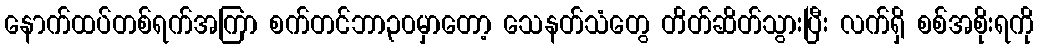
နောက်ထပ်တစ်ရက်အကြာ စက်တင်ဘာ၃၀မှာတော့ သေနတ်သံတွေ တိတ်ဆိတ်သွားပြီး လက်ရှိ စစ်အစိုးရကို